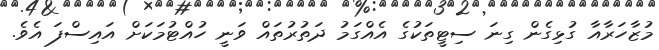
މުޒާހަރާއާ ގުޅިގެން ގިނަ ސިޓީތަކުގެ އެއްގަމު ދަތުރުތައް ވަނީ ހުއްޓުމަކަށް އައިސްފަ އެވެ.